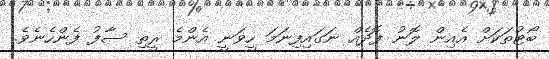
ބޯޓުތަކަށް އެއިން ލޮނު ފޮދެއް ނަގައިފިނަމަ ހީވަނީ އެންމެ ރީތި ސާފު ފެންހެނެވެ.